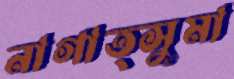
নাগাত্সুমা